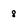
Character: 8